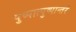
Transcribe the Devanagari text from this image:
पुष्पात्पुष्पान्तरं